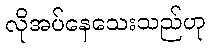
လိုအပ်နေသေးသည်ဟု